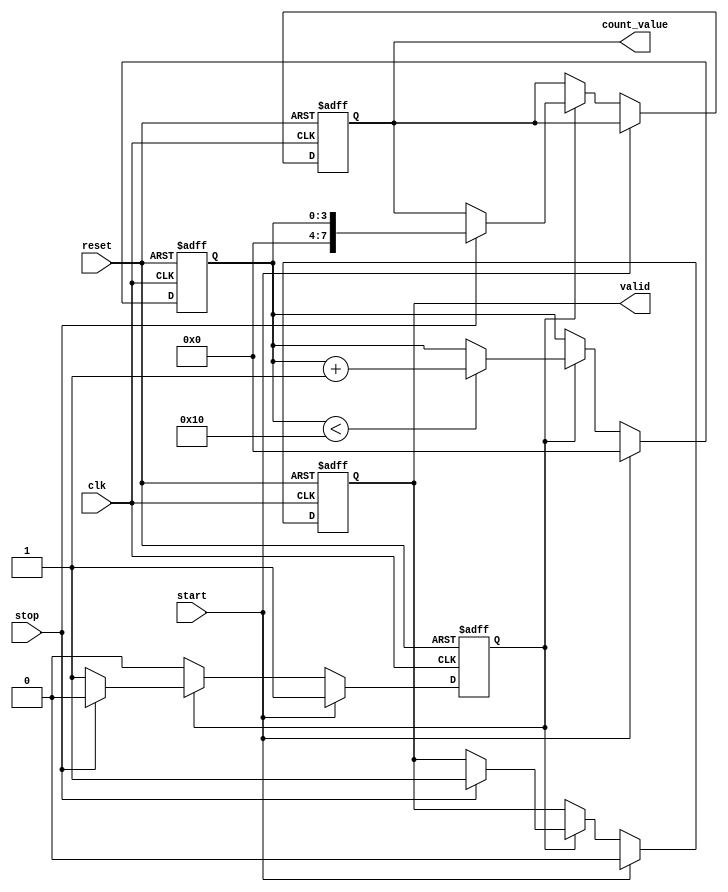
module TDC (
    input wire clk,               // System clock
    input wire reset,             // Reset signal
    input wire start,             // Start signal
    input wire stop,              // Stop signal
    output reg [7:0] count_value, // Output count value (8-bit for example)
    output reg valid              // Output valid signal
);

    // Parameters
    parameter DELAY_CELLS = 16;   // Number of delay cells
    parameter DELAY_UNIT = 1;      // Delay unit in clock cycles

    // Internal signals
    reg [3:0] counter;             // 4-bit counter for delay cells
    reg [3:0] delay_line [0:DELAY_CELLS-1]; // Delay line array
    reg measuring;                 // Measuring state flag

    // Initialize delay line with fixed delay units
    integer i;
    initial begin
        for (i = 0; i < DELAY_CELLS; i = i + 1) begin
            delay_line[i] = DELAY_UNIT; // Each cell introduces a fixed delay
        end
    end

    // Control logic
    always @(posedge clk or posedge reset) begin
        if (reset) begin
            counter <= 0;
            count_value <= 0;
            valid <= 0;
            measuring <= 0;
        end else begin
            if (start) begin
                // Start measuring
                counter <= 0;
                measuring <= 1;
                valid <= 0;
            end else if (measuring) begin
                // Count delay cells until stop signal
                if (counter < DELAY_CELLS) begin
                    counter <= counter + 1;
                end
                if (stop) begin
                    // Stop measuring
                    count_value <= counter;
                    valid <= 1; // Indicate valid output
                    measuring <= 0; // Stop measuring
                end
            end
        end
    end

endmodule